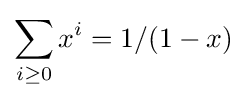
\sum _{i\geq 0}x^{i}=1/(1-x)